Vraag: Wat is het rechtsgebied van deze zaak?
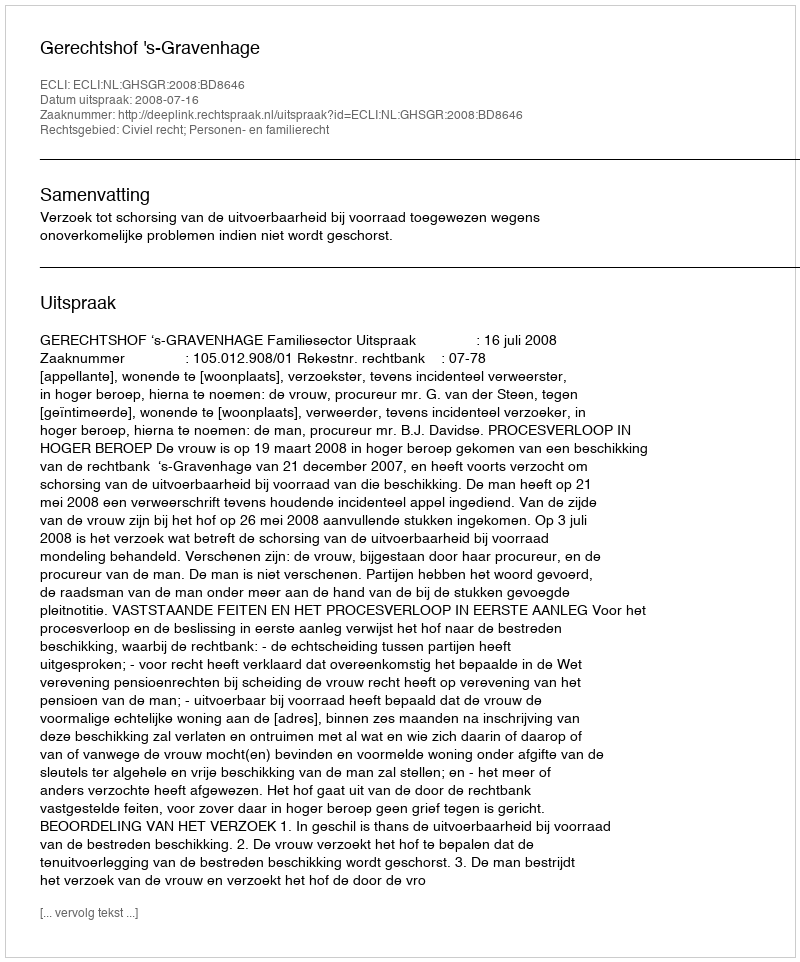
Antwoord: Civiel recht; Personen- en familierecht